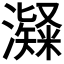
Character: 𤁼